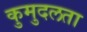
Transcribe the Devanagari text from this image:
कुमुदलता